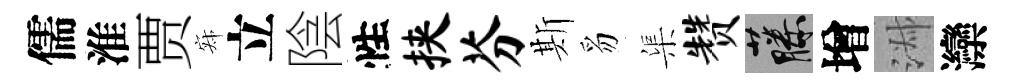
儒淮贾寂立陰性挟芬斯豸渠赞藤增淑灤